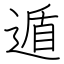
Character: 遁